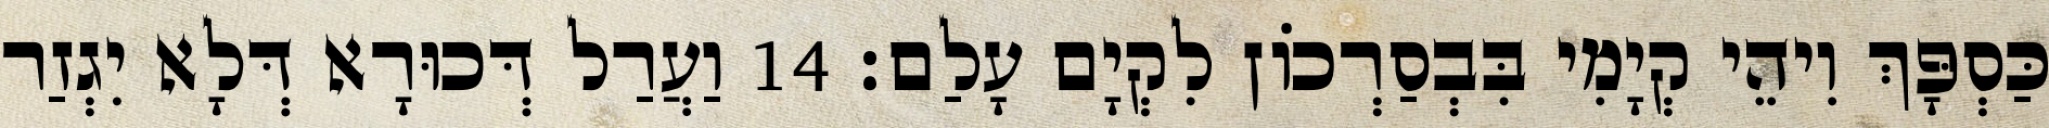
כַּסְפָּךְ וִיהֵי קְיָמִי בִּבְסַרְכוֹן לִקְיָם עָלַם׃ 14 וַעֲרַל דְּכוּרָא דְּלָא יִגְזַר